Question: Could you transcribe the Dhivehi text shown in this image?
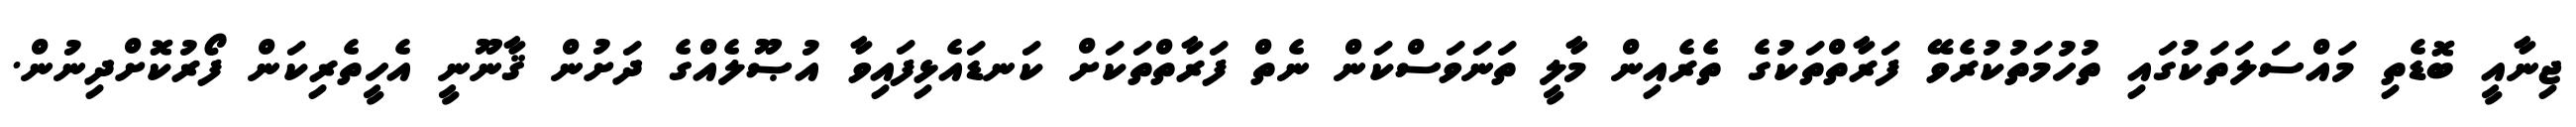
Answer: ޖިނާއީ ބޮޑެތި މައްސަލަތަކުގައި ތުހުމަތުކުރެވޭ ފަރާތްތަކުގެ ތެރެއިން މާލީ ތަނަވަސްކަން ނެތް ފަރާތްތަކަށް ކަނޑައެޅިފައިވާ އުޞޫލެއްގެ ދަށުން ޤާނޫނީ އެހީތެރިކަން ފޯރުކޮށްދިނުން.